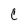
Character: c